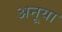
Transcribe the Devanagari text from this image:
अनूया